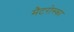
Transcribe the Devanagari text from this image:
मैटरोस्का